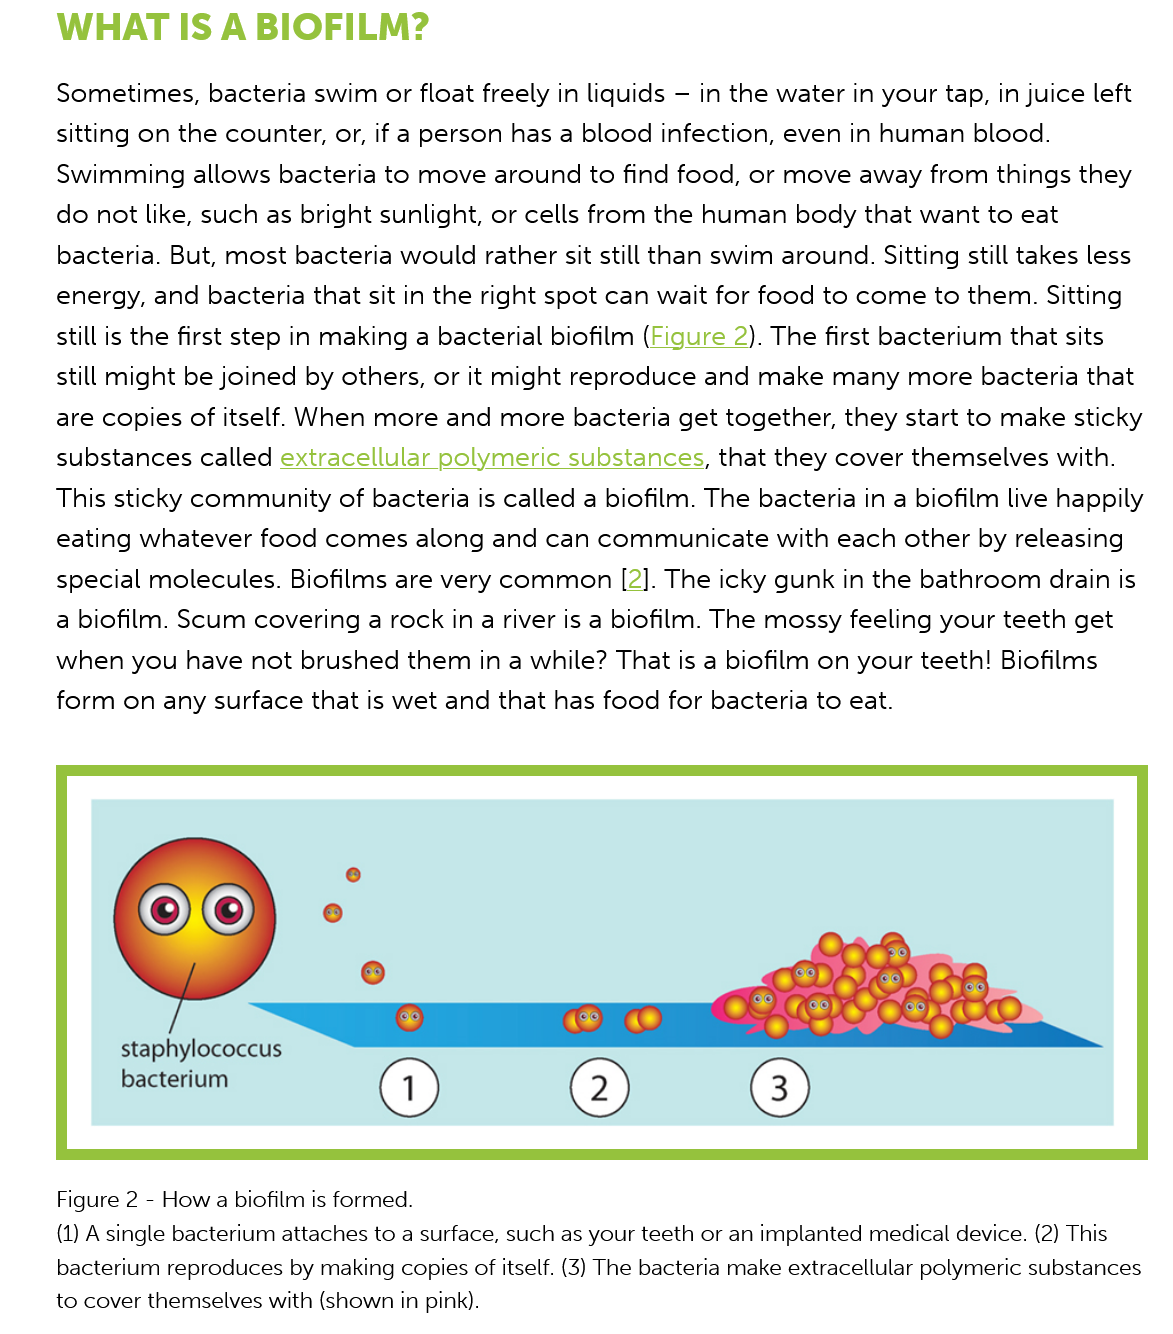
staphylococcus
     bacterium
     Figure 2
     -
     How
     a
     biofilm is formed.
     (1) A single bacterium attaches to a surface, such as your teeth or an implanted medical device. (2) This
     bacterium reproduces by making copies of itself. (3) The bacteria make extracellular polymeric substances
     to cover themselves with (shown in pink).
     Sometimes,   bacteria swim  or float freely in liquids —
     in the water in your tap, in juice left
     sitting on the counter, or, if a person has a blood infection, even in human  blood.
     Swimming    allows bacteria to move   around  to find food, or move  away from  things they
     do  not like, such as bright sunlight, or cells from the human body that  want to eat
     bacteria. But, most  bacteria would  rather sit still than swim around. Sitting still takes less
     energy,  and bacteria that sit in the right spot can wait for food to come to them. Sitting
     still is the first step in making a bacterial biofilm (Figure 2). The first bacterium that sits
     still might be joined by others, or it might reproduce and  make  many   more bacteria  that
     are copies  of itself. When more and  more  bacteria get together, they start to make  sticky
     substances called  extracellular polymeric  substances,  that they cover themselves  with.
     This sticky community   of bacteria is called a biofilm. The bacteria in a biofilm live happily
     eating whatever   food comes   along and  can communicate    with each other  by releasing
     special molecules.  Biofilms are very common  [2].  The  icky gunk in the bathroom   drain is
     a biofilm. Scum  covering  a rock in
     a
     river is  a biofilm. The mossy  feeling your teeth get
     when you have    not brushed  them  in a while? That is a biofilm on your teeth! Biofilms
     form  on any  surface that is wet and that has food for bacteria to eat.
     WHAT    IS    A  BIOFILM?